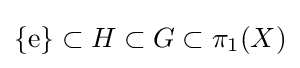
\displaystyle \{{\text{e}}\}\subset H\subset G\subset \pi _{1}(X)